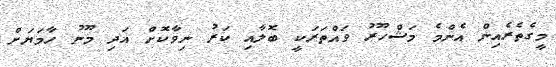
މީގެތެރެއިން އެންމެ މަޝްހޫރު ވައްތަރަކީ ބޮލާއި ކަރު ނިވާކޮށް އަދި މޫނު ހާމަޔަށް